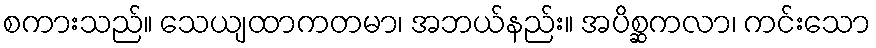
စကားသည်။ သေယျထာကတမာ၊ အဘယ်နည်း။ အပိစ္ဆကလာ၊ ကင်းသော